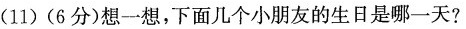
(11)(6分)想一想，下面几个小朋友的生日是哪一天?